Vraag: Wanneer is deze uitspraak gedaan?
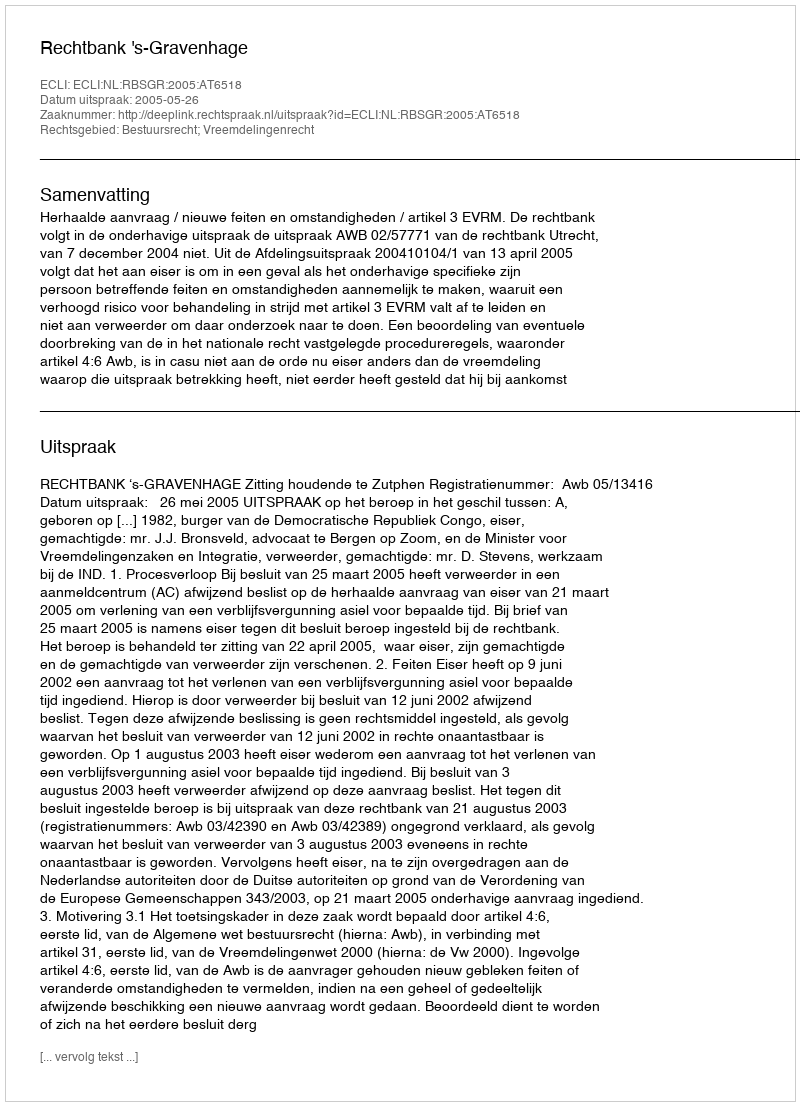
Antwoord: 2005-05-26